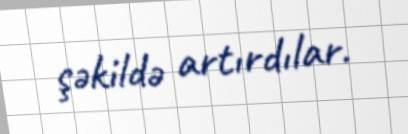
şəkildə artırdılar.